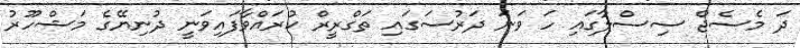
ދަ މެސެޖް ސިސްލާގައި ހަ ވަނަ ދަރުސަގައި ތަގްރީރް ކުރައްވާފައިވަނީ ދުނިޔޭގެ މަޝްހޫރު